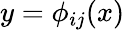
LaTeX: y=\phi_{ij}(x)